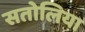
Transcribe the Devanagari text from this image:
सतोलिया